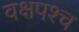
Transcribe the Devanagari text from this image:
वक्षपश्च